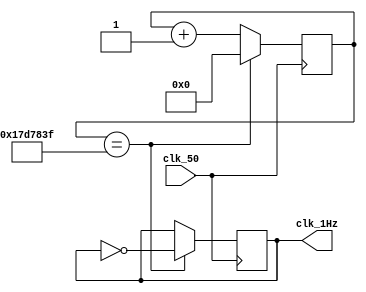
module clock_divider (
    input wire clk_50,
    output reg clk_1Hz
);

reg [24:0] count;  
parameter DIVIDER = 25000000;  

always @ (posedge clk_50) 
begin
    if (count == DIVIDER - 1) 
	 begin
        count <= 0;
        clk_1Hz <= ~clk_1Hz;
    end 
	 else begin
        count <= count + 1;
    end
end

endmodule